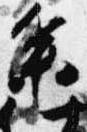
参